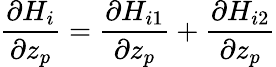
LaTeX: \frac{\partial H_{i}}{\partial z_{p}}=\frac{\partial H_{i1}}{\partial z_{p}}+\frac{\partial H_{i2}}{\partial z_{p}}